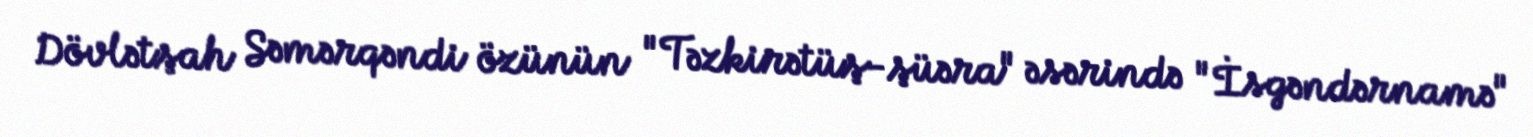
Dövlətşah Səmərqəndi özünün "Təzkirətüş-şüəra" əsərində "İsgəndərnamə"